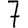
Digit: 7